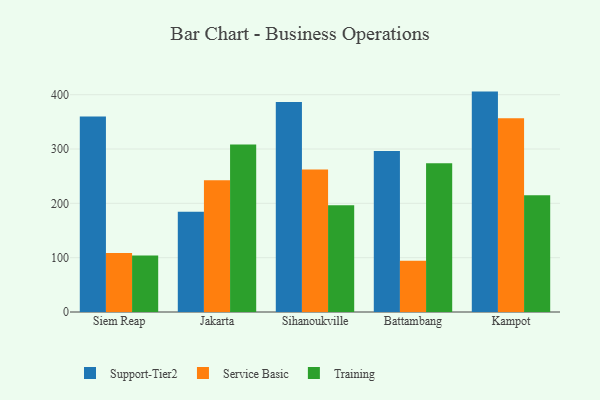
{"axis": {"x": "City", "y": "Temperature (°C)"}, "legend": ["Service Basic", "Support-Tier2", "Training"], "data": [{"x": "Siem Reap", "y": 360.0, "type": "Support-Tier2"}, {"x": "Siem Reap", "y": 108.8, "type": "Service Basic"}, {"x": "Siem Reap", "y": 104.1, "type": "Training"}, {"x": "Jakarta", "y": 184.5, "type": "Support-Tier2"}, {"x": "Jakarta", "y": 242.7, "type": "Service Basic"}, {"x": "Jakarta", "y": 308.2, "type": "Training"}, {"x": "Sihanoukville", "y": 386.4, "type": "Support-Tier2"}, {"x": "Sihanoukville", "y": 262.4, "type": "Service Basic"}, {"x": "Sihanoukville", "y": 196.3, "type": "Training"}, {"x": "Battambang", "y": 296.2, "type": "Support-Tier2"}, {"x": "Battambang", "y": 94.5, "type": "Service Basic"}, {"x": "Battambang", "y": 273.6, "type": "Training"}, {"x": "Kampot", "y": 405.7, "type": "Support-Tier2"}, {"x": "Kampot", "y": 356.8, "type": "Service Basic"}, {"x": "Kampot", "y": 215.1, "type": "Training"}]}